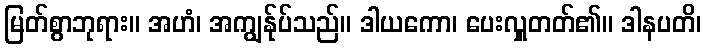
မြတ်စွာဘုရား။ အဟံ၊ အကျွန်ုပ်သည်။ ဒါယကော၊ ပေးလှူတတ်၏။ ဒါနပတိ၊